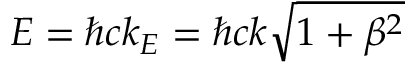
E = \hbar c k _ { E } = \hbar c k \sqrt { 1 + \beta ^ { 2 } }